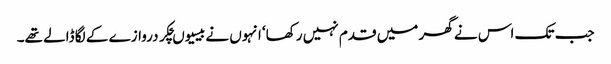
جب تک اس نے گھر میں قدم نہیں رکھا‘ انہوں نے بیسیوںچکر دروازے کے لگا ڈالے تھے۔